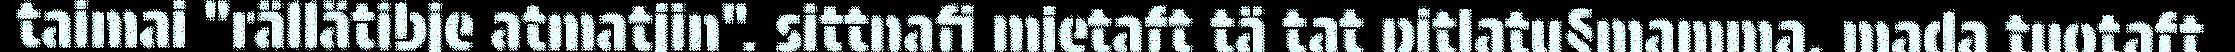
taimai "rällätibje atmatjin". sittnafi mietaft tä tat pitlatu§mamma, mada tuotaft